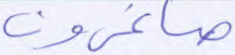
صاغرون